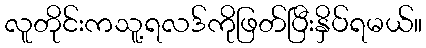
လူတိုင်းကသူ့ရလဒ်ကိုဖြတ်ပြီးနှိပ်ရမယ်။